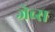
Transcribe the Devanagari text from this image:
जेब्स